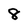
Character: 8